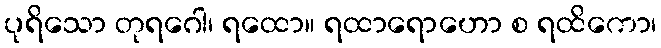
ပုရိသော တုရဂေါ၊ ရထော။ ရထာရောဟော စ ရထိကော၊